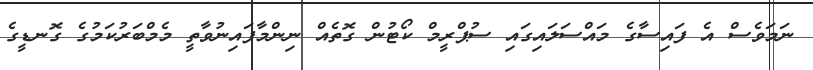
ނަމަވެސް އެ ފައިސާގެ މައްސަލައިގައި ސުޕްރީމް ކޯޓުން ގޮތެއް ނިންމާފައިނުވާތީ މެމްބަރުކަމުގެ ގޮނޑީގެ